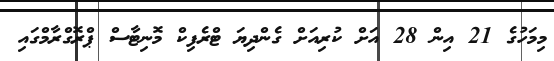
މިމަހުގެ 21 އިން 28 އަށް ކުރިއަށް ގެންދިޔަ ޓްރެފިކް މޮނިޓާސް ޕްރޮގްރާމްގައި